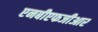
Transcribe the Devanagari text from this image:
एनबीएफजीआर